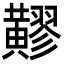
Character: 䵏